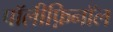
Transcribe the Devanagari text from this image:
पॉलीफ़िनॉल